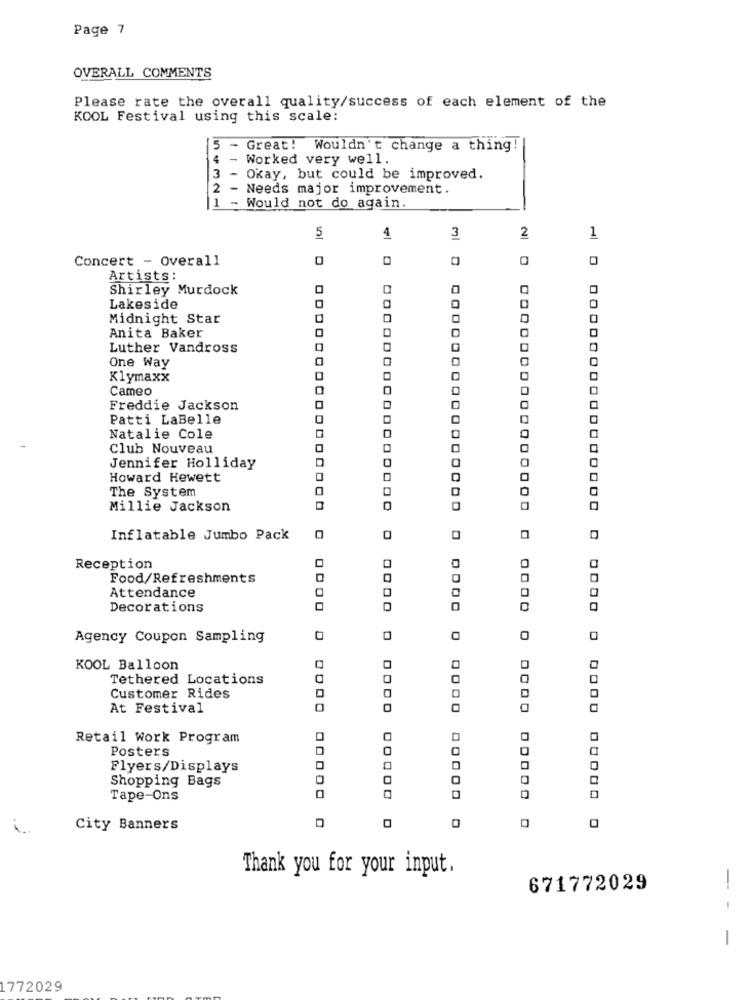
Page 7
OVERALL COMMENTS
Please rate the overall quality/success of each element of the
KOOL Festival using this scale:
5
-
Great! Wouldn't change a thing
-
Worked very well.
Okay, but could be improved.
2
Needs major improvement.
1
54321
Would not do again.
5
4
3
2
1
Concert - Overall
0
Artists:
Shirley Murdock
0
Lakeside
0
Midnight Star
Anita Baker
Luther Vandross
One Way
Klymaxx
Cameo
Freddie Jackson
0
Patti LaBelle
Natalie Cole
0
Club Nouveau
Jennifer Holliday
Howard Hewett
The System
0
0
Millie Jackson
Inflatable Jumbo Pack
Reception
0
Food/Refreshments
Attendance
0
Decorations
Agency Coupon Sampling
0
0
0
KOOL Balloon
Tethered Locations
0
Customer Rides
At Festival
Retail Work Program
Posters
0
Flyers/Displays
0
Shopping Bags
0
Tape-Ons
0
City Banners
0
Thank you for your input.
671772029
-- - -
1772029